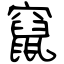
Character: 竄